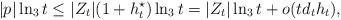
LaTeX: \begin{align*}|p| \ln_3 t \le |Z_t| (1+ h^\star_t)\ln_3 t = |Z_t| \ln_3 t + o(t d_t h_t),\end{align*}